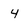
Character: 4